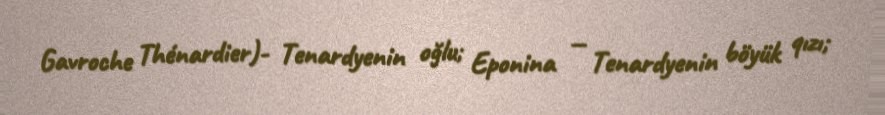
Gavroche Thénardier)- Tenardyenin oğlu; Eponina — Tenardyenin böyük qızı;